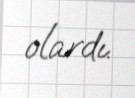
olardı.